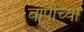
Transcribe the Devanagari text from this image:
वापीच्या